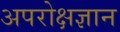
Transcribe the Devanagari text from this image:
अपरोक्षज्ञान